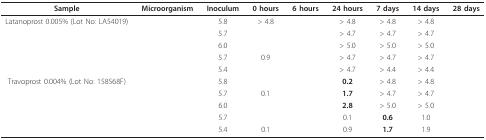
<table><thead><tr><td><b>Sample</b></td><td><b>Microorganism</b></td><td><b>Inoculum</b></td><td><b>0 hours</b></td><td><b>6 hours</b></td><td><b>24 hours</b></td><td><b>7 days</b></td><td><b>14 days</b></td><td><b>28 days</b></td></tr></thead><tbody><tr><td>Latanoprost 0.005% (Lot No: LA54019)</td><td>[EMPTY_CELL]</td><td>5.8</td><td>&gt; 4.8</td><td>[EMPTY_CELL]</td><td>&gt; 4.8</td><td>&gt; 4.8</td><td>&gt; 4.8</td><td>[EMPTY_CELL]</td></tr><tr><td>[EMPTY_CELL]</td><td>[EMPTY_CELL]</td><td>5.7</td><td>[EMPTY_CELL]</td><td>[EMPTY_CELL]</td><td>&gt; 4.7</td><td>&gt; 4.7</td><td>&gt; 4.7</td><td>[EMPTY_CELL]</td></tr><tr><td>[EMPTY_CELL]</td><td>[EMPTY_CELL]</td><td>6.0</td><td>[EMPTY_CELL]</td><td>[EMPTY_CELL]</td><td>&gt; 5.0</td><td>&gt; 5.0</td><td>&gt; 5.0</td><td>[EMPTY_CELL]</td></tr><tr><td>[EMPTY_CELL]</td><td>[EMPTY_CELL]</td><td>5.7</td><td>0.9</td><td>[EMPTY_CELL]</td><td>&gt; 4.7</td><td>&gt; 4.7</td><td>&gt; 4.7</td><td>[EMPTY_CELL]</td></tr><tr><td>[EMPTY_CELL]</td><td>[EMPTY_CELL]</td><td>5.4</td><td>[EMPTY_CELL]</td><td>[EMPTY_CELL]</td><td>&gt; 4.7</td><td>&gt; 4.4</td><td>&gt; 4.4</td><td>[EMPTY_CELL]</td></tr><tr><td>Travoprost 0.004% (Lot No: 158568F)</td><td>[EMPTY_CELL]</td><td>5.8</td><td>[EMPTY_CELL]</td><td>[EMPTY_CELL]</td><td><b>0.2</b></td><td>&gt; 4.8</td><td>&gt; 4.8</td><td>[EMPTY_CELL]</td></tr><tr><td>[EMPTY_CELL]</td><td>[EMPTY_CELL]</td><td>5.7</td><td>0.1</td><td>[EMPTY_CELL]</td><td><b>1.7</b></td><td>&gt; 4.7</td><td>&gt; 4.7</td><td>[EMPTY_CELL]</td></tr><tr><td>[EMPTY_CELL]</td><td>[EMPTY_CELL]</td><td>6.0</td><td>[EMPTY_CELL]</td><td>[EMPTY_CELL]</td><td><b>2.8</b></td><td>&gt; 5.0</td><td>&gt; 5.0</td><td>[EMPTY_CELL]</td></tr><tr><td>[EMPTY_CELL]</td><td>[EMPTY_CELL]</td><td>5.7</td><td>[EMPTY_CELL]</td><td>[EMPTY_CELL]</td><td>0.1</td><td><b>0.6</b></td><td>1.0</td><td>[EMPTY_CELL]</td></tr><tr><td>[EMPTY_CELL]</td><td>[EMPTY_CELL]</td><td>5.4</td><td>0.1</td><td>[EMPTY_CELL]</td><td>0.9</td><td><b>1.7</b></td><td>1.9</td><td>[EMPTY_CELL]</td></tr></tbody></table>